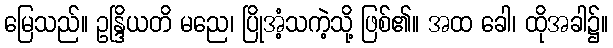
မြေသည်။ ဥန္ဒြိယတိ မညေ၊ ပြိုအံ့သကဲ့သို့ ဖြစ်၏။ အထ ခေါ၊ ထိုအခါ၌။